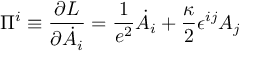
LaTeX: \Pi ^ { i } \equiv { \frac { \partial { \cal L } } { \partial \dot { A _ { i } } } } = \frac { 1 } { e ^ { 2 } } \dot { A } _ { i } + \frac { \kappa } { 2 } \epsilon ^ { i j } A _ { j }